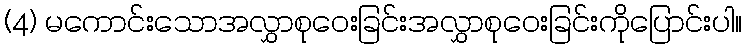
(4) မကောင်းသောအလွှာစုဝေးခြင်းအလွှာစုဝေးခြင်းကိုပြောင်းပါ။